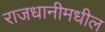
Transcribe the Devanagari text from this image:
राजधानीमधील